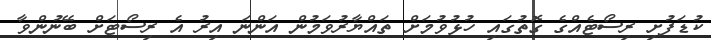
ކުޑަފުށި ރިސޯޓެއްގެ ގޮތުގައި ހުޅުވުމަށް ތައްޔާރުވަމުން އަންނަ އިރު އެ ރިސޯޓަށް ބޭނުންވާ